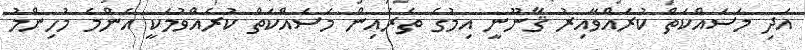
އަދި މަސައްކަތް ކުރައްވާއިރު ޤާނޫނީ އިމުގެ ތެރެއިން މަސައްކަތް ކުރެއްވުމަކީ އެންމެ މުހިންމު